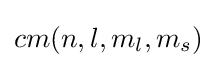
cm(n,l,m_{l},m_{s})